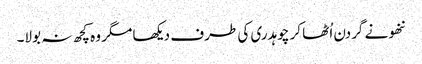
ننھو نے گردن اُٹھا کر چوہدری کی طرف دیکھا مگر وہ کچھ نہ بولا۔